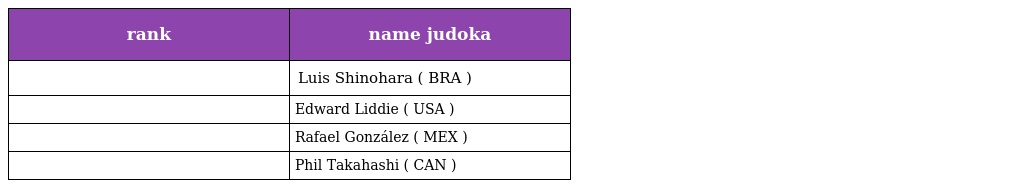
| rank | name judoka |
 | --- | --- |
 |  | Luis Shinohara ( BRA ) |
 |  | Edward Liddie ( USA ) |
 |  | Rafael González ( MEX ) |
 |  | Phil Takahashi ( CAN ) |